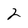
Character: 2